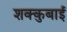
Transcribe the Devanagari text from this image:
शक्कुबाई